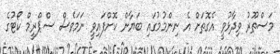
މަސްތޫރު ވިދާޅުވީ އެގޮތަށް އެ ނިންމުމުގައި ބަޔާން ކޮށްފައިވީ ނަމަވެސް ސްޕްރީމް ކޯޓުގެ